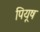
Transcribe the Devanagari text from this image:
पियूष